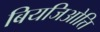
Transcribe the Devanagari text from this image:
बियजिओत्ति